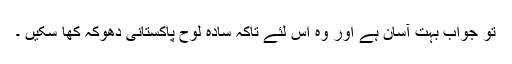
تو جواب بہت آسان ہے اور وہ اس لئے تاکہ سادہ لوح پاکستانی دھوکہ کھا سکیں ۔